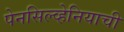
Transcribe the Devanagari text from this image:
पेनसिल्व्हेनियाची